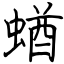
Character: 蝤